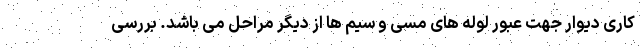
کاری دیوار جهت عبور لوله های مسی و سیم ها از دیگر مراحل می باشد. بررسی